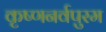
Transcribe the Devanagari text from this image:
कृष्णनर्वपुरम